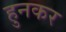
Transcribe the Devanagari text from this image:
हुनकर